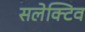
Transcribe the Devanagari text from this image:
सलेक्टिव